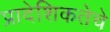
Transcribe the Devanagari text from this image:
प्रादेशिकतेचे